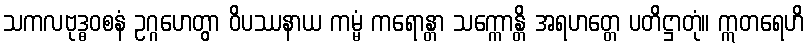
သကလဗုဒ္ဓဝစနံ ဥဂ္ဂဟေတွာ ဝိပဿနာယ ကမ္မံ ကရောန္တာ သက္ကောန္တိ အရဟတ္တေ ပတိဋ္ဌာတုံ။ ဣတရေဟိ